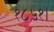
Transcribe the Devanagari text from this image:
१८५१।